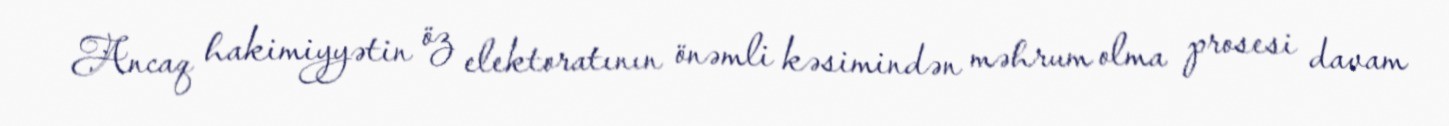
Ancaq hakimiyyətin öz elektoratının önəmli kəsimindən məhrum olma prosesi davam